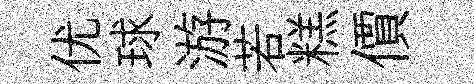
优球游若糕價